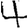
Digit: 4